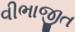
વીભાજીત